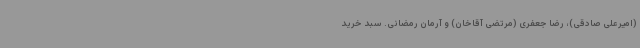
(امیرعلی صادقی)، رضا جعفری (مرتضی آقاخان) و آرمان رمضانی. سبد خرید